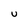
Character: u